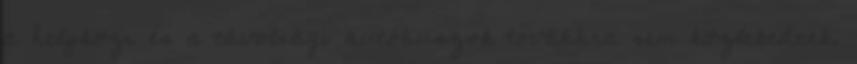
a helyközi és a távolsági autóbuszok továbbra sem közlekednek.